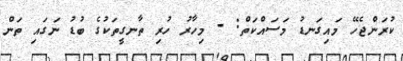
ކުރަންޖެހޭ މައިގަނޑު މަސައްކަތް: - މިހާރު ހުރި ތާނގީތަކުގެ ބުޑު ނަގައި ތަން